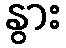
နွား